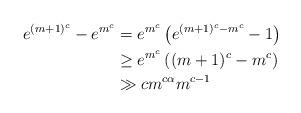
LaTeX: \begin{align*}e^{(m+1)^c} - e^{m^c} &= e^{m^c} \left(e^{(m+1)^c - m^c} - 1 \right) \\&\geq e^{m^c} \left( (m+1)^c - m^c \right) \\&\gg c m^{c\alpha} m^{c-1}\end{align*}